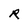
Character: R